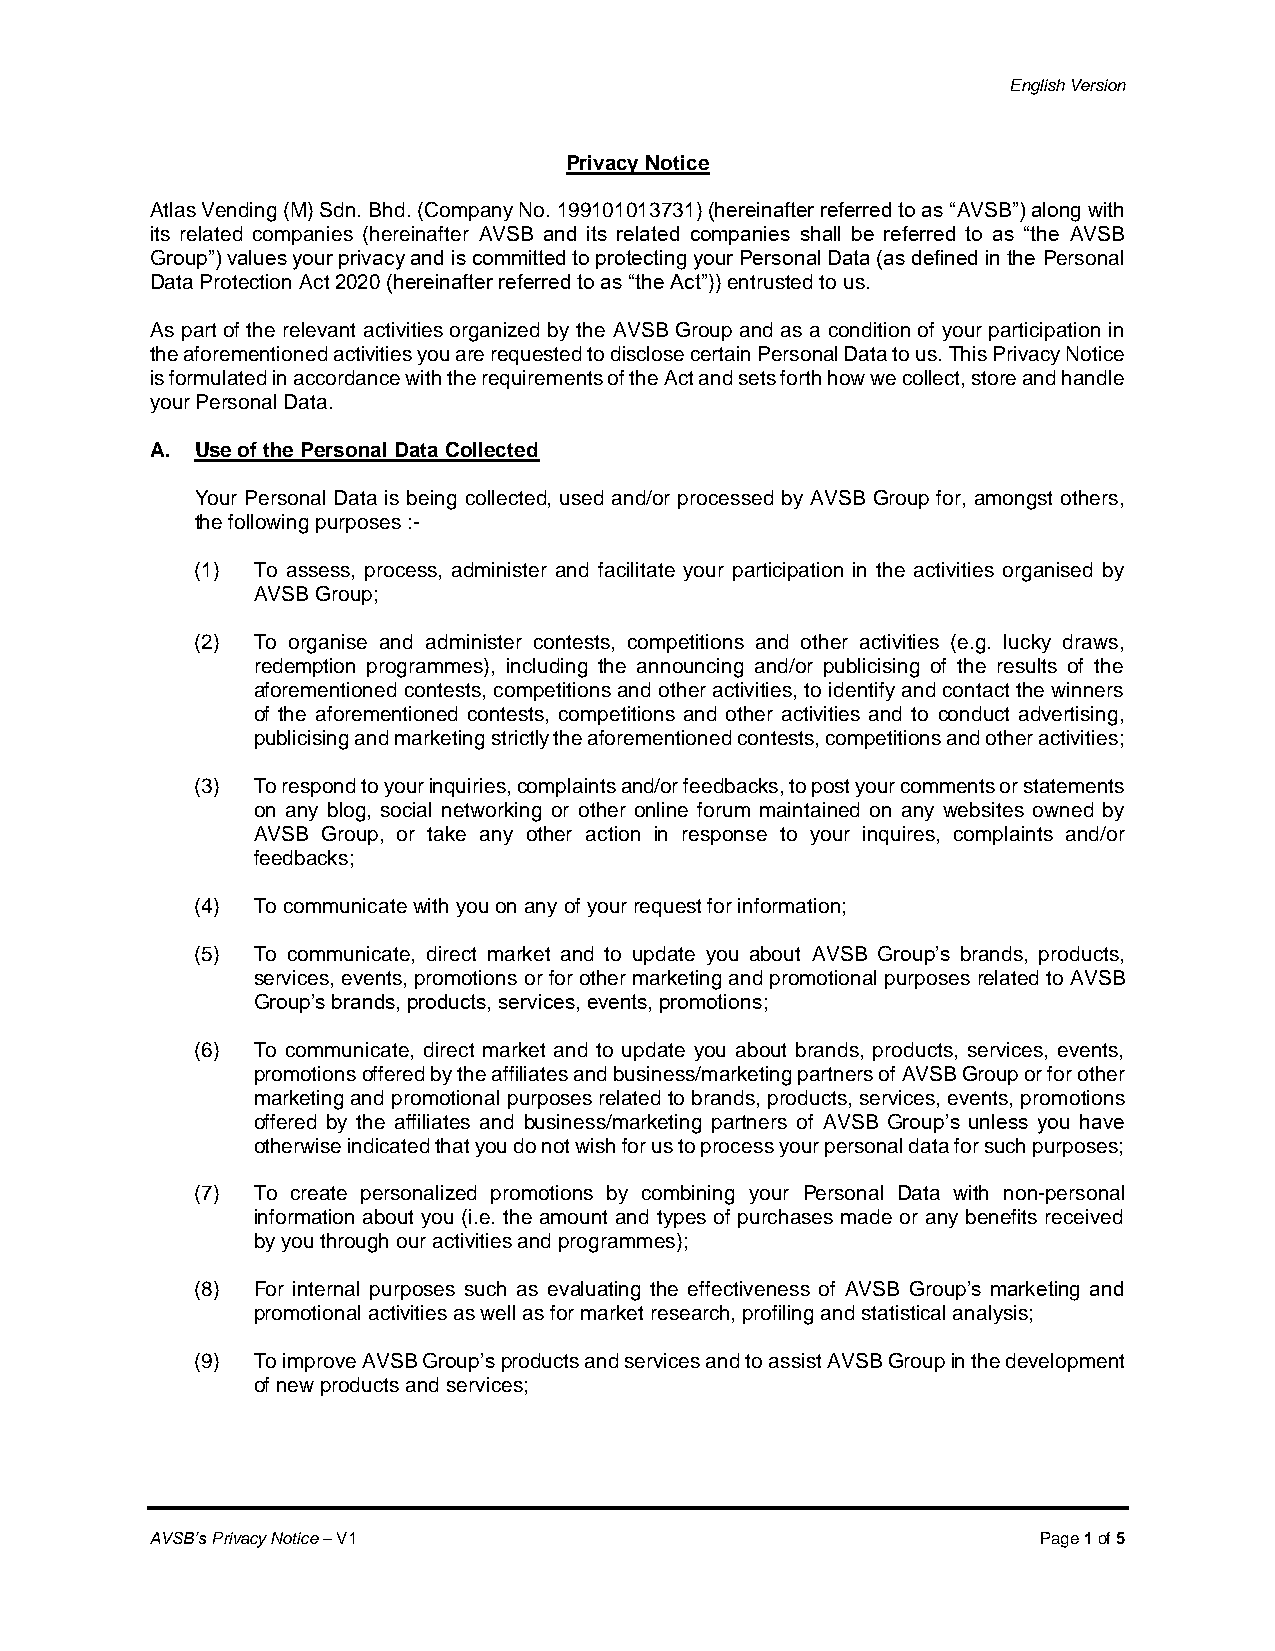
English Version
 Privacy Notice
 Atlas Vending (M) Sdn. Bhd. (Company No. 199101013731) (hereinafter referred to as “AVSB”) along with
 its related companies (hereinafter AVSB and its related companies shall be referred to as “the AVSB
 Group”) values your privacy and is committed to protecting your Personal Data (as defined in the Personal
 Data Protection Act 2020 (hereinafter referred to as “the Act”)) entrusted to us.
 As part of the relevant activities organized by the AVSB Group and as a condition of your participation in
 the aforementioned activities you are requested to disclose certain Personal Data to us. This Privacy Notice
 is formulated in accordance with the requirements of the Act and sets forth how we collect, store and handle
 your Personal Data.
 A. Use of the Personal Data Collected
 Your Personal Data is being collected, used and/or processed by AVSB Group for, amongst others,
 the following purposes :-
 (1) To assess, process, administer and facilitate your participation in the activities organised by
 AVSB Group;
 (2) To organise and administer contests, competitions and other activities (e.g. lucky draws,
 redemption programmes), including the announcing and/or publicising of the results of the
 aforementioned contests, competitions and other activities, to identify and contact the winners
 of the aforementioned contests, competitions and other activities and to conduct advertising,
 publicising and marketing strictly the aforementioned contests, competitions and other activities;
 (3) To respond to your inquiries, complaints and/or feedbacks, to post your comments or statements
 on any blog, social networking or other online forum maintained on any websites owned by
 AVSB Group, or take any other action in response to your inquires, complaints and/or
 feedbacks;
 (4) To communicate with you on any of your request for information;
 (5) To communicate, direct market and to update you about AVSB Group’s brands, products,
 services, events, promotions or for other marketing and promotional purposes related to AVSB
 Group’s brands, products, services, events, promotions;
 (6) To communicate, direct market and to update you about brands, products, services, events,
 promotions offered by the affiliates and business/marketing partners of AVSB Group or for other
 marketing and promotional purposes related to brands, products, services, events, promotions
 offered by the affiliates and business/marketing partners of AVSB Group’s unless you have
 otherwise indicated that you do not wish for us to process your personal data for such purposes;
 (7) To create personalized promotions by combining your Personal Data with non-personal
 information about you (i.e. the amount and types of purchases made or any benefits received
 by you through our activities and programmes);
 (8) For internal purposes such as evaluating the effectiveness of AVSB Group’s marketing and
 promotional activities as well as for market research, profiling and statistical analysis;
 (9) To improve AVSB Group’s products and services and to assist AVSB Group in the development
 of new products and services;
 AVSB’s Privacy Notice – V1                                 Page 1 of 5